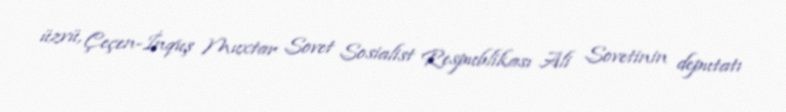
üzvü, Çeçen-İnquş Muxtar Sovet Sosialist Respublikası Ali Sovetinin deputatı